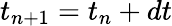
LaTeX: t_{n+1}=t_{n}+dt